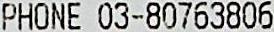
PHONE 03-80763806